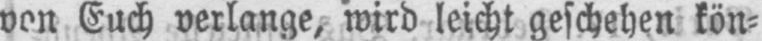
von Euch verlange, wird leicht geschehen kön⸗